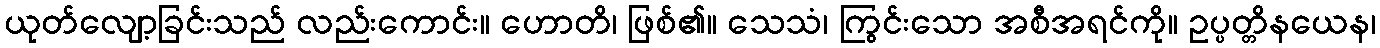
ယုတ်လျော့ခြင်းသည် လည်းကောင်း။ ဟောတိ၊ ဖြစ်၏။ သေသံ၊ ကြွင်းသော အစီအရင်ကို။ ဥပ္ပတ္တိနယေန၊